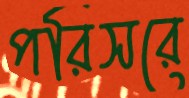
পরিসরে